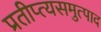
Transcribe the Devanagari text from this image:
प्रतीप्त्यसमुत्पाद